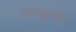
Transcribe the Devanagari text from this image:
रवरक्षीर